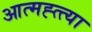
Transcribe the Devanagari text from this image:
आत्मह्त्त्या